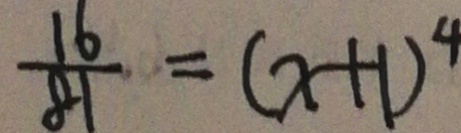
\frac { 1 6 } { 8 1 } = ( x + 1 ) ^ { 4 }